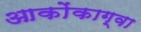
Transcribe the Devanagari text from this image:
आकोंकाग्वा